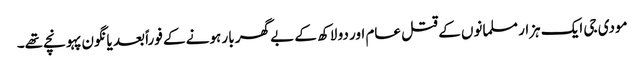
مودی جی ایک ہزار مسلمانوں کے قتل عام اور دو لاکھ کے بے گھر بار ہونے کے فوراً بعد یانگون پہونچے تھے۔